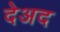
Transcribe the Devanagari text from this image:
देअद